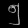
Digit: ၅